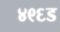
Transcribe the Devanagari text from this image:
४९६ड